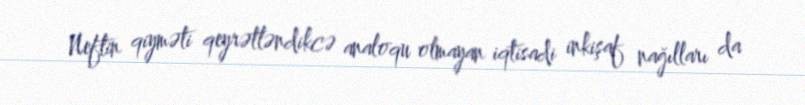
Neftin qiyməti qeyrətləndikcə analoqu olmayan iqtisadi inkişaf nağılları da